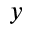
y